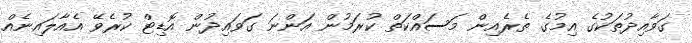
ގަވާއިދުތަކުގެ އިމުގެ ތެރެއިން މަސައްކަތް ކުރަމުން އަންނަ ގަވައިދުން އޮޑިޓް ކުރެވޭ އެއާލައިނެއް